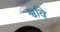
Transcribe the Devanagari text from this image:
श्ववि